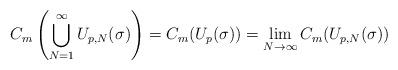
LaTeX: \begin{align*} C_m\left(\bigcup_{N=1}^\infty U_{p,N}(\sigma)\right)=C_m(U_p(\sigma))=\lim\limits_{N\to\infty}C_m(U_{p,N}(\sigma)) \end{align*}